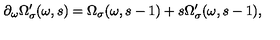
\partial _ { \omega } \Omega _ { \sigma } ^ { \prime } ( \omega , s ) = \Omega _ { \sigma } ( \omega , s - 1 ) + s \Omega _ { \sigma } ^ { \prime } ( \omega , s - 1 ) ,